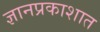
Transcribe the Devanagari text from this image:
ज्ञानप्रकाशात